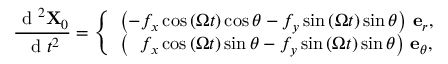
\frac { \mathrm { ~ d ~ } ^ { 2 } \mathbf { X } _ { 0 } } { \mathrm { ~ d ~ } t ^ { 2 } } = \left\{ \begin{array} { l l } { \left( - f _ { x } \cos { \left( \Omega t \right) } \cos \theta - f _ { y } \sin { \left( \Omega t \right) } \sin \theta \right) \, \mathbf { e } _ { r } , } \\ { \left( \, \, \, \, f _ { x } \cos { \left( \Omega t \right) } \sin \theta - f _ { y } \sin { \left( \Omega t \right) } \sin \theta \right) \, \mathbf { e } _ { \theta } , } \end{array} \right.